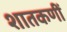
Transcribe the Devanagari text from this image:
शातकणीं